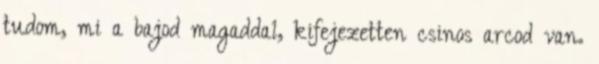
tudom, mi a bajod magaddal, kifejezetten csinos arcod van.